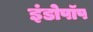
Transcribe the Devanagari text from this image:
इंडोपॉप